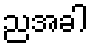
ညအခါ